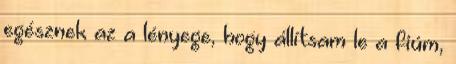
egésznek az a lényege, hogy állítsam le a fiúm,